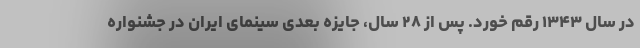
در سال ۱۳۴۳ رقم خورد. پس از ۲۸ سال، جایزه بعدی سینمای ایران در جشنواره